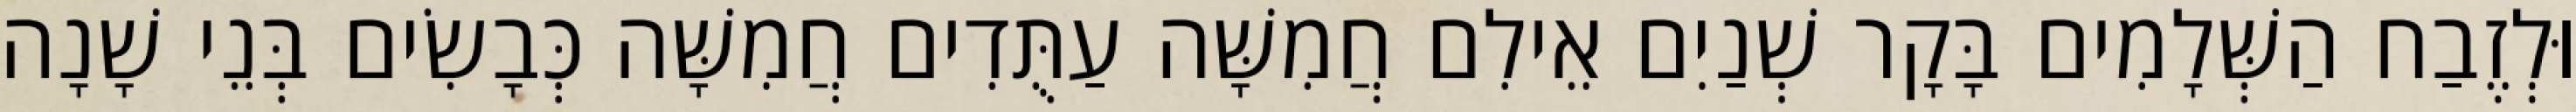
וּלְזֶבַח הַשְּׁלָמִים בָּקָר שְׁנַיִם אֵילִם חֲמִשָּׁה עַתֻּדִים חֲמִשָּׁה כְּבָשִׂים בְּנֵי שָׁנָה